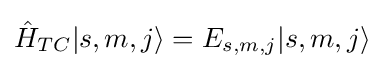
{\hat {H}}_{TC}|s,m,j\rangle =E_{s,m,j}|s,m,j\rangle